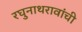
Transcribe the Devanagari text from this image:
रघुनाथरावांची